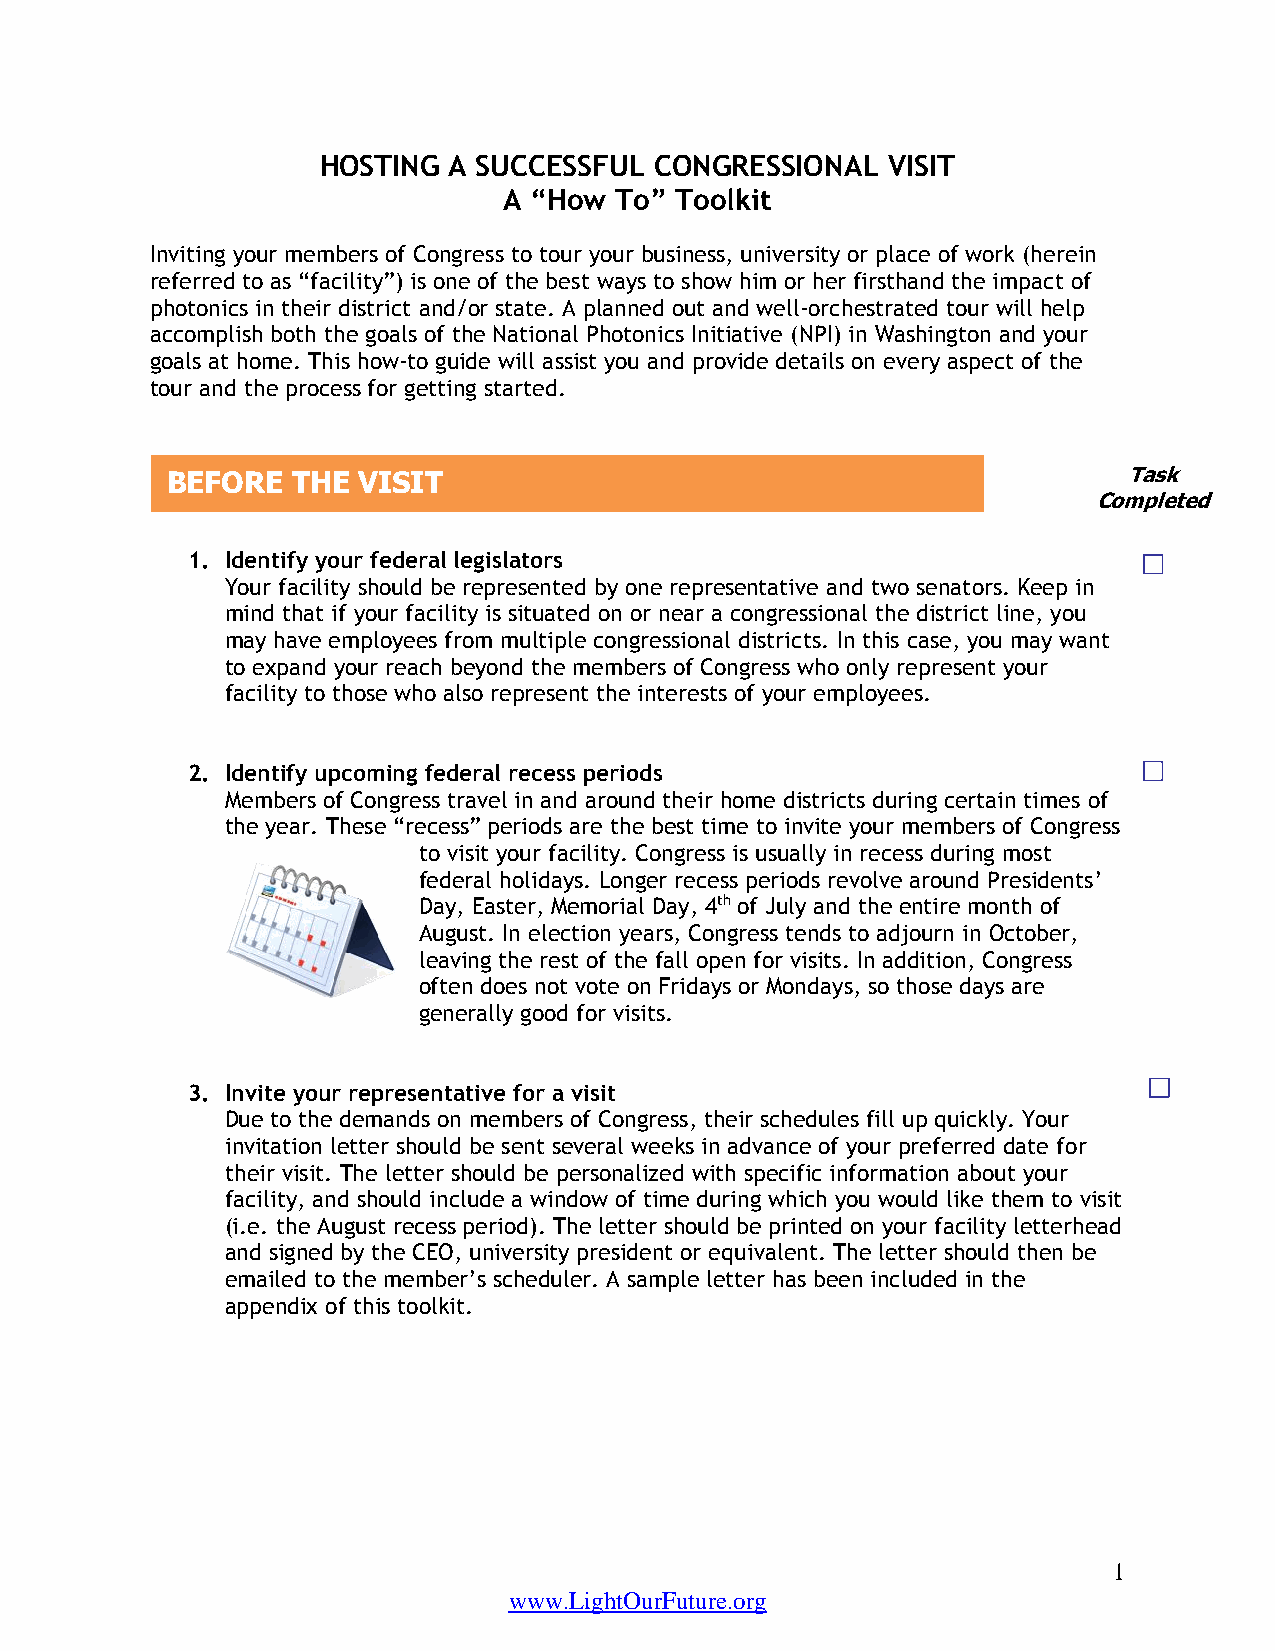
HOSTING  A SUCCESSFUL CONGRESSIONAL   VISIT
 A “How  To” Toolkit
 Inviting your members of Congress to tour your business, university or place of work (herein
 referred to as “facility”) is one of the best ways to show him or her firsthand the impact of
 photonics in their district and/or state. A planned out and well-orchestrated tour will help
 accomplish both the goals of the National Photonics Initiative (NPI) in Washington and your
 goals at home. This how-to guide will assist you and provide details on every aspect of the
 tour and the process for getting started.
 BEFORE  THE  VISIT                                              Task
 Completed
 1. Identify your federal legislators
 Your facility should be represented by one representative and two senators. Keep in
 mind that if your facility is situated on or near a congressional the district line, you
 may have employees from multiple congressional districts. In this case, you may want
 to expand your reach beyond the members of Congress who only represent your
 facility to those who also represent the interests of your employees.
 2. Identify upcoming federal recess periods
 Members of Congress travel in and around their home districts during certain times of
 the year. These “recess” periods are the best time to invite your members of Congress
 to visit your facility. Congress is usually in recess during most
 federal holidays. Longer recess periods revolve around Presidents’
 Day, Easter, Memorial Day, 4th of July and the entire month of
 August. In election years, Congress tends to adjourn in October,
 leaving the rest of the fall open for visits. In addition, Congress
 often does not vote on Fridays or Mondays, so those days are
 generally good for visits.
 3. Invite your representative for a visit
 Due to the demands on members of Congress, their schedules fill up quickly. Your
 invitation letter should be sent several weeks in advance of your preferred date for
 their visit. The letter should be personalized with specific information about your
 facility, and should include a window of time during which you would like them to visit
 (i.e. the August recess period). The letter should be printed on your facility letterhead
 and signed by the CEO, university president or equivalent. The letter should then be
 emailed to the member’s scheduler. A sample letter has been included in the
 appendix of this toolkit.
 1
 www.LightOurFuture.org